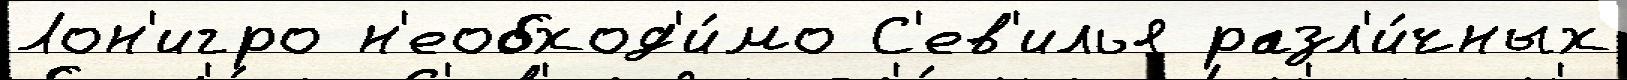
Лон'игро н'еобход'и́мо С'ев'илья разл'и́чных